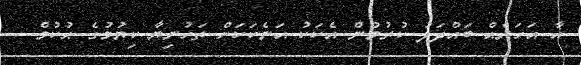
އާ އަހަރެއް ބައްދަލު ކުރުމުން އެކަކު އަނެކަކަށް ތަހުނިޔާ ކިޔުމުގެ ޙުކުމް -